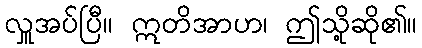
လှူအပ်ပြီ။ ဣတိအာဟ၊ ဤသို့ဆို၏။